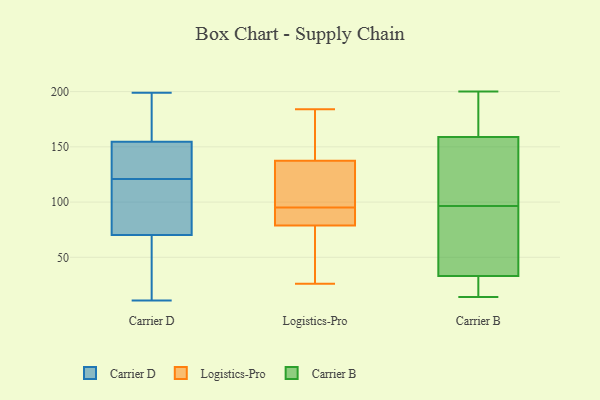
{"axis": {"x": "Humidity (%)", "y": "Value"}, "legend": ["Carrier B", "Carrier D", "Logistics-Pro"], "data": [{"x": "", "y": 199, "type": "Carrier D"}, {"x": "", "y": 53, "type": "Carrier D"}, {"x": "", "y": 18, "type": "Carrier D"}, {"x": "", "y": 109, "type": "Carrier D"}, {"x": "", "y": 125, "type": "Carrier D"}, {"x": "", "y": 106, "type": "Carrier D"}, {"x": "", "y": 138, "type": "Carrier D"}, {"x": "", "y": 182, "type": "Carrier D"}, {"x": "", "y": 161, "type": "Carrier D"}, {"x": "", "y": 121, "type": "Carrier D"}, {"x": "", "y": 132, "type": "Carrier D"}, {"x": "", "y": 160, "type": "Carrier D"}, {"x": "", "y": 52, "type": "Carrier D"}, {"x": "", "y": 11, "type": "Carrier D"}, {"x": "", "y": 101, "type": "Carrier D"}, {"x": "", "y": 137, "type": "Carrier D"}, {"x": "", "y": 160, "type": "Carrier D"}, {"x": "", "y": 60, "type": "Carrier D"}, {"x": "", "y": 109, "type": "Carrier D"}, {"x": "", "y": 95, "type": "Logistics-Pro"}, {"x": "", "y": 145, "type": "Logistics-Pro"}, {"x": "", "y": 99, "type": "Logistics-Pro"}, {"x": "", "y": 87, "type": "Logistics-Pro"}, {"x": "", "y": 78, "type": "Logistics-Pro"}, {"x": "", "y": 183, "type": "Logistics-Pro"}, {"x": "", "y": 81, "type": "Logistics-Pro"}, {"x": "", "y": 91, "type": "Logistics-Pro"}, {"x": "", "y": 100, "type": "Logistics-Pro"}, {"x": "", "y": 56, "type": "Logistics-Pro"}, {"x": "", "y": 56, "type": "Logistics-Pro"}, {"x": "", "y": 100, "type": "Logistics-Pro"}, {"x": "", "y": 140, "type": "Logistics-Pro"}, {"x": "", "y": 157, "type": "Logistics-Pro"}, {"x": "", "y": 91, "type": "Logistics-Pro"}, {"x": "", "y": 130, "type": "Logistics-Pro"}, {"x": "", "y": 26, "type": "Logistics-Pro"}, {"x": "", "y": 184, "type": "Logistics-Pro"}, {"x": "", "y": 50, "type": "Logistics-Pro"}, {"x": "", "y": 18, "type": "Carrier B"}, {"x": "", "y": 74, "type": "Carrier B"}, {"x": "", "y": 14, "type": "Carrier B"}, {"x": "", "y": 33, "type": "Carrier B"}, {"x": "", "y": 159, "type": "Carrier B"}, {"x": "", "y": 31, "type": "Carrier B"}, {"x": "", "y": 200, "type": "Carrier B"}, {"x": "", "y": 185, "type": "Carrier B"}, {"x": "", "y": 113, "type": "Carrier B"}, {"x": "", "y": 107, "type": "Carrier B"}, {"x": "", "y": 86, "type": "Carrier B"}, {"x": "", "y": 85, "type": "Carrier B"}, {"x": "", "y": 160, "type": "Carrier B"}, {"x": "", "y": 148, "type": "Carrier B"}]}